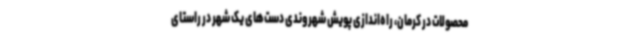
محصولات در کرمان، راه‌اندازی پویش شهروندی دست‌های یک شهر در راستای